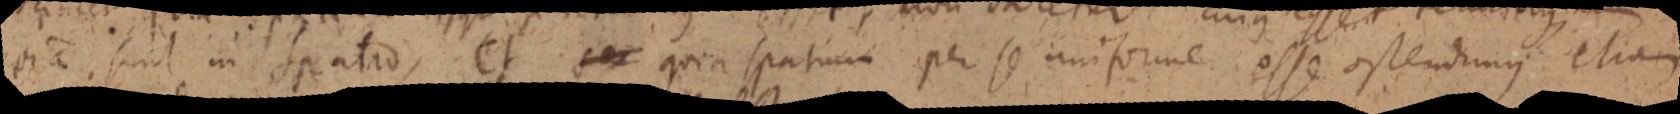
via sunt in spatio, et s_ quia spatium per se uniforme esse ostendimus etiam